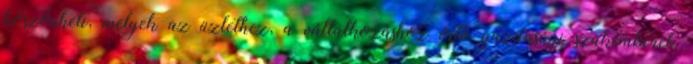
köszönheti, melyek az üzlethez, a vállalkozáshoz értõ gazdasági szakemberek